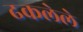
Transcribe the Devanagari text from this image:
ढकलेले